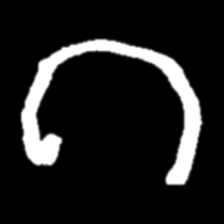
Pyu character \u2014 Myanmar letter: ဂ (romanized: ga)